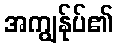
အကျွန်ုပ်၏